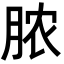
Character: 脓